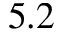
5 . 2